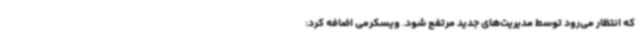
که انتظار می‌رود توسط مدیریت‌های جدید مرتفع شود. ویسکرمی اضافه کرد: